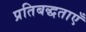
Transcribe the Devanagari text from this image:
प्रतिबद्धताएँ